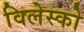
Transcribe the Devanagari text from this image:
विलेस्को